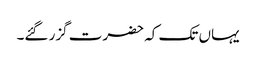
یہاں تک کہ حضرت گزر گئے۔